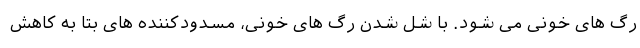
رگ های خونی می شود. با شل شدن رگ های خونی، مسدودکننده های بتا به کاهش